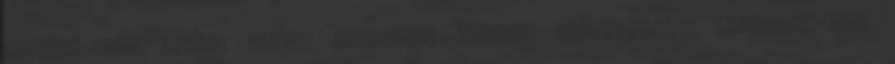
érést. Egy dolog tudok mondani: Nagyon vigyázzanak magukra Nem